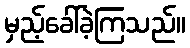
မှည့်ခေါ်ခဲ့ကြသည်။